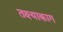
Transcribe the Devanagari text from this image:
तक्ष्याकाग